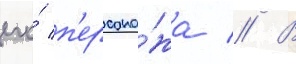
его́ п'ерсона́жа // В